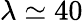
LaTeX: \lambda\simeq 40